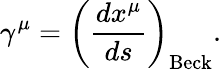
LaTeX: \gamma^{\mu}=\left(\frac{dx^{\mu}}{ds}\right)_{\mathrm{Beck}}.